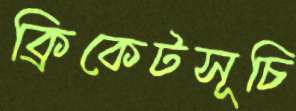
ক্রিকেটসূচি